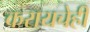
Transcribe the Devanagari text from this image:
करायचेही